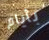
بأيام